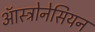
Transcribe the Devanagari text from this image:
ऑस्ट्रोनेसियन